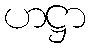
ဟဋ္ဌာ